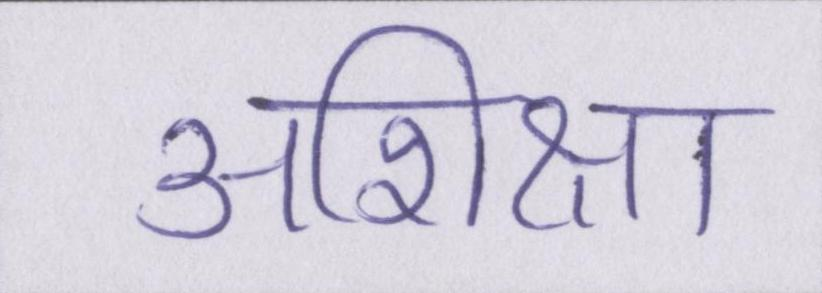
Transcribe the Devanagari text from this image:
अशिक्षा